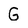
Character: G